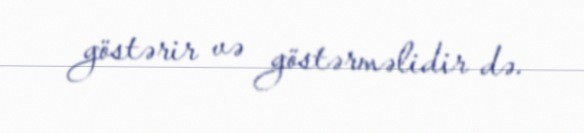
göstərir və göstərməlidir də.